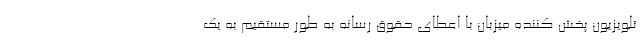
تلویزیون پخش کننده میزبان با اعطای حقوق رسانه به طور مستقیم به یک